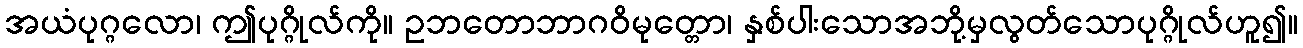
အယံပုဂ္ဂလော၊ ဤပုဂ္ဂိုလ်ကို။ ဥဘတောဘာဂဝိမုတ္တော၊ နှစ်ပါးသောအဘို့မှလွတ်သောပုဂ္ဂိုလ်ဟူ၍။